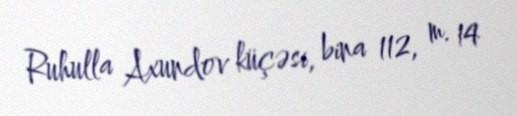
Ruhulla Axundov küçəsi, bina 112, m. 14